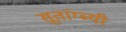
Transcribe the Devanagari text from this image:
सूतांग्ब्यी